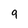
Character: 9